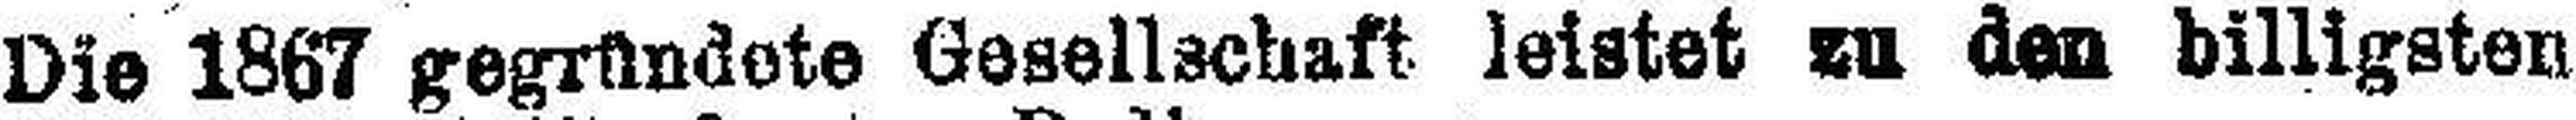
Die 1867 gegründete Gesellschaft leistet zu den billigsten